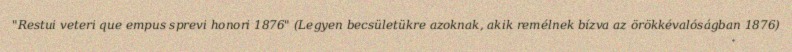
"Restui veteri que empus sprevi honori 1876" (Legyen becsületükre azoknak, akik remélnek bízva az örökkévalóságban 1876)